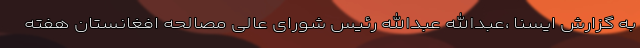
به گزارش ایسنا ،عبدالله عبدالله رئیس شورای عالی مصالحه افغانستان هفته